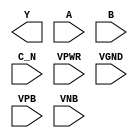
module sky130_fd_sc_ms__nor3b (
    Y   ,
    A   ,
    B   ,
    C_N ,
    VPWR,
    VGND,
    VPB ,
    VNB
);

    output Y   ;
    input  A   ;
    input  B   ;
    input  C_N ;
    input  VPWR;
    input  VGND;
    input  VPB ;
    input  VNB ;
endmodule